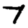
Digit: 7